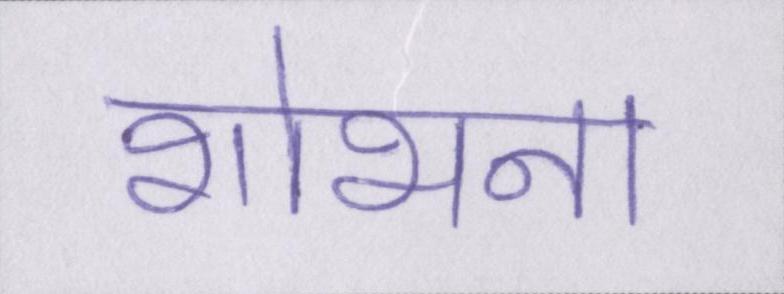
शोभना